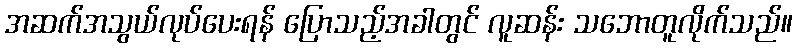
အဆက်အသွယ်လုပ်ပေးရန် ပြောသည့်အခါတွင် လူဆန်း သဘောတူလိုက်သည်။